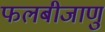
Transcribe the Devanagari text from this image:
फलबीजाणु